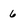
Character: 6